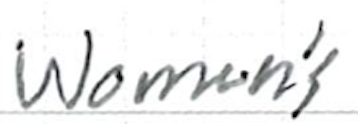
Text: women's
Cross-out: clean
Writing tool: ballpoint